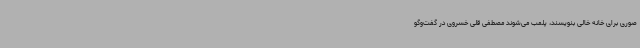
صوری برای خانه خالی بنویسند، پلمب می‌شوند مصطفی قلی خسروی در گفت‌وگو